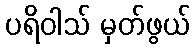
ပရိဝါသ် မှတ်ဖွယ်